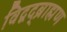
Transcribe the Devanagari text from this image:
विद्वद्ब्राह्मण